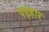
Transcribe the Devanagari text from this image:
पड़हार